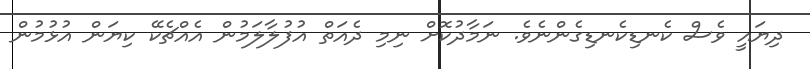
ދިޔައީ ވެސް ކެނޑިކެނޑިގެންނެވެ. ނަމާދުކޮށް ނިމި ދެއަތް އުފުލާލަމުން އެއްޗެކޭ ކިޔަން އުޅުމުން